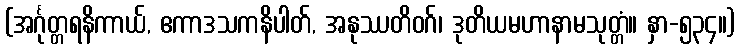
(အင်္ဂုတ္တရနိကာယ်, ဧကာဒသကနိပါတ်, အနုဿတိဝဂ်၊ ဒုတိယမဟာနာမသုတ္တံ။ နှာ-၅၃၄။)